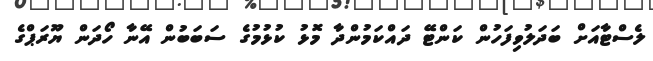
ލެސްޓާއަށް ބަދަލުވިފަހުން ކަންޓޭ ދައްކަމުންދާ މޮޅު ކުޅުމުގެ ސަބަބުން އޭނާ ހޯދަން ޔޫރަޕްގެ